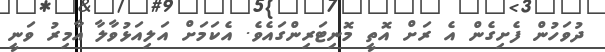
ދުވަހުން ފެށިގެން އެ ރަށް އޮތީ މޮނިޓަރިންގައެވެ. އެކަމަށް އަލިއަޅުވާލާ އާމިރު ވަނީ